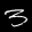
Label: 3